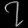
Digit: ၇